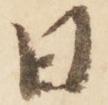
日